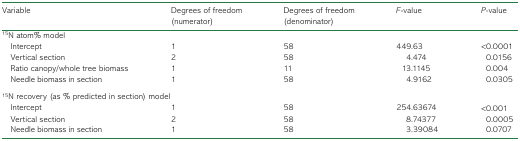
| Variable | Degrees of freedom (numerator) | Degrees of freedom (denominator) | F-value | P-value |
 | --- | --- | --- | --- | --- |
 | <COLSPAN=5> 15N atom% model |
 | Intercept | 1 | 58 | 449.63 | <0.0001 |
 | Vertical section | 2 | 58 | 4.474 | 0.0156 |
 | Ratio canopy/whole tree biomass | 1 | 11 | 13.1145 | 0.004 |
 | Needle biomass in section | 1 | 58 | 4.9162 | 0.0305 |
 | <COLSPAN=5> 15N recovery (as % predicted in section) model |
 | Intercept | 1 | 58 | 254.63674 | <0.001 |
 | Vertical section | 2 | 58 | 8.74377 | 0.0005 |
 | Needle biomass in section | 1 | 58 | 3.39084 | 0.0707 |